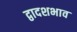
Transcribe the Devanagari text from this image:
द्वादशभाव